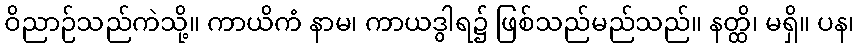
ဝိညာဉ်သည်ကဲသို့။ ကာယိကံ နာမ၊ ကာယဒွါရ၌ ဖြစ်သည်မည်သည်။ နတ္ထိ၊ မရှိ။ ပန၊